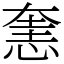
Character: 㥣